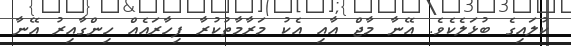
ކުލައިގެ ބުޅަލެކެވެ. އޭނާ މާޖް އާއި އެކު މަރާމާތުކުރާ ފިހާރައެއް ހިންގާއިރު އޭނާ